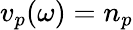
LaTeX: v_{p}(\omega)=n_{p}